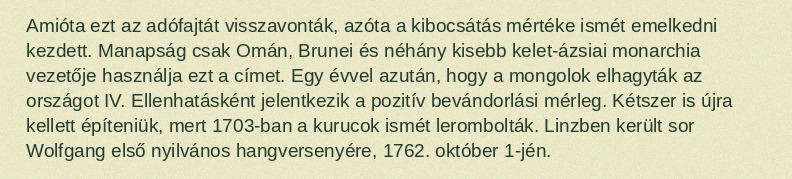
Amióta ezt az adófajtát visszavonták, azóta a kibocsátás mértéke ismét emelkedni kezdett. Manapság csak Omán, Brunei és néhány kisebb kelet-ázsiai monarchia vezetője használja ezt a címet. Egy évvel azután, hogy a mongolok elhagyták az országot IV. Ellenhatásként jelentkezik a pozitív bevándorlási mérleg. Kétszer is újra kellett építeniük, mert 1703-ban a kurucok ismét lerombolták. Linzben került sor Wolfgang első nyilvános hangversenyére, 1762. október 1-jén.